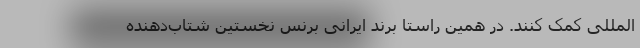
‌المللی کمک کنند. در همین راستا برند ایرانی برنس نخستین شتاب‌دهنده